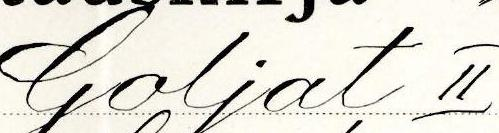
Goljat II